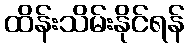
ထိန်းသိမ်းနိုင်ရန်